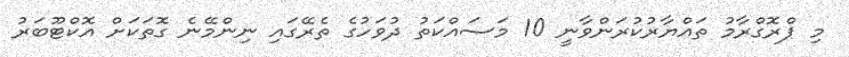
މި ޕްރޮގްރާމު ތައްޔާރުކުރަންވާނީ 10 މަސައްކަތު ދުވަހުގެ ތެރޭގައި ނިންމޭނެ ގޮތަކަށް އޮކްޓޫބަރު